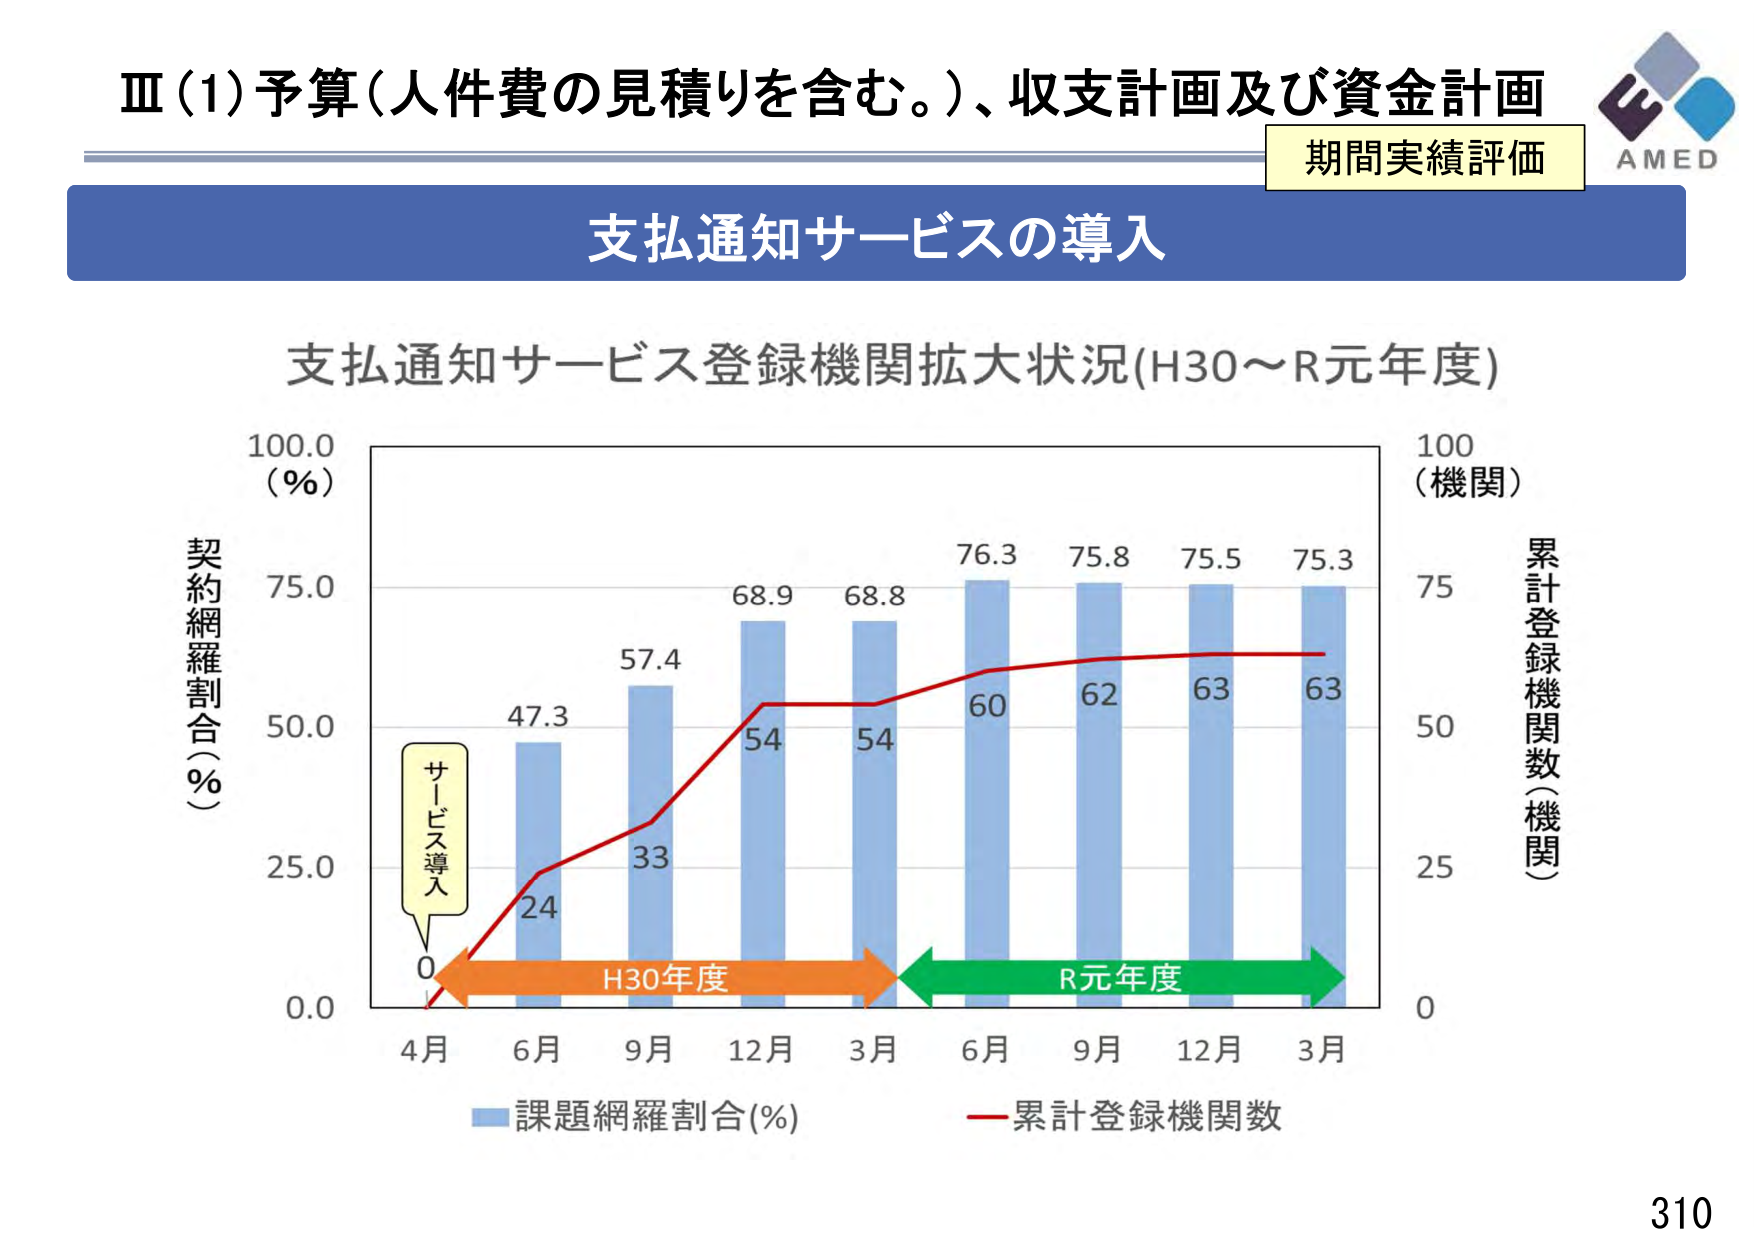
Ⅲ(1)予算（人件費の見積りを含む。）、収支計画及び資金計画
期間実績評価
AMED
支払通知サービスの導入
支払通知サービス登録機関拡大状況(H30～R元年度)
100.0
(％)
契約網羅割合(％)
75.0
50.0
25.0
0.0
4月 6月 9月 12月 3月 6月 9月 12月 3月
サービス導入
0
24
47.3
57.4
68.9
68.8
76.3
75.8
75.5
75.3
33
54
54
60
62
63
63
H30年度
R元年度
100
(機関)
累計登録機関数(機関)
75
50
25
0
課題網羅割合(％)
累計登録機関数
310